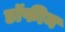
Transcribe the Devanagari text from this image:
डॉफीन